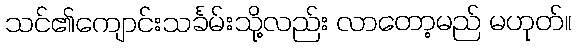
သင်၏ကျောင်းသင်္ခမ်းသို့လည်း လာတော့မည် မဟုတ်။